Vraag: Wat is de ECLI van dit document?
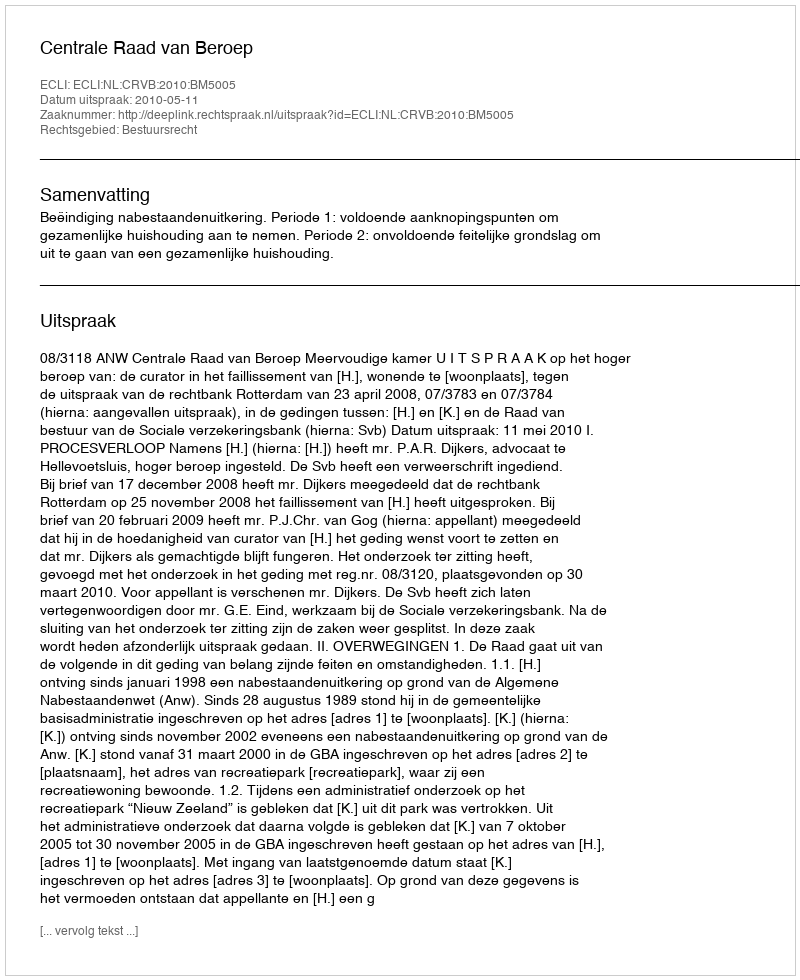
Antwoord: ECLI:NL:CRVB:2010:BM5005